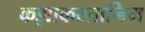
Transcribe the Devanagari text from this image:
कझाकस्तानिम